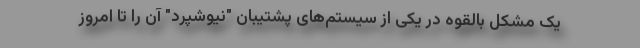
یک مشکل بالقوه در یکی از سیستم‌های پشتیبان "نیوشپرد" آن را تا امروز